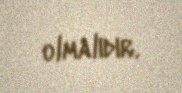
olmalıdır.